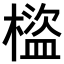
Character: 𣛯